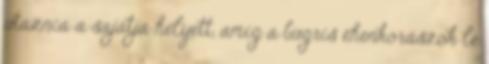
utaznia a sajátja helyett, amíg a bugris éhenkórászok le